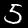
Digit: 5